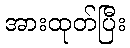
အားထုတ်ပြီး